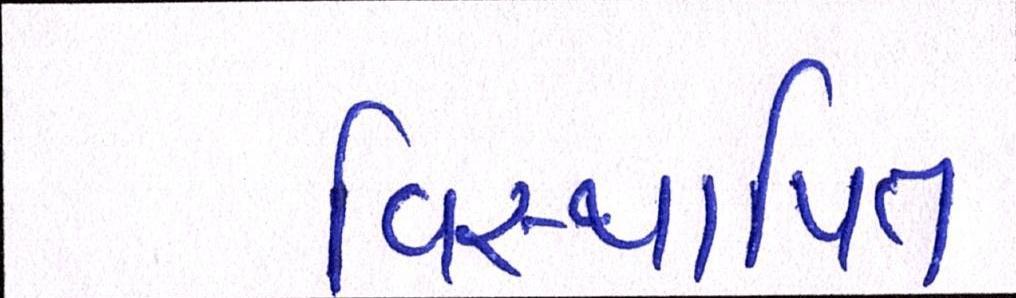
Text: વિસ્થાપિત